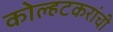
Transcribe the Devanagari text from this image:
कोल्हटकरांची